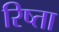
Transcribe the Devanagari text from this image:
रिष्ता